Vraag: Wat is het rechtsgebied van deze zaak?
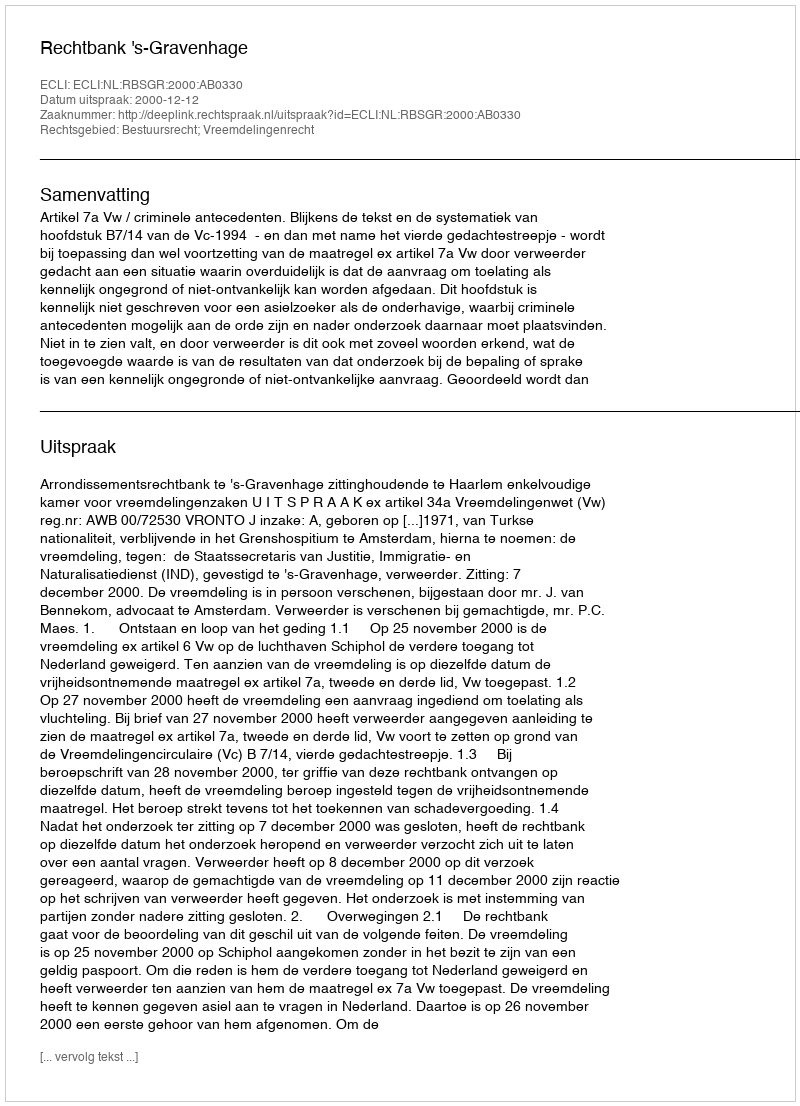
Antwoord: Bestuursrecht; Vreemdelingenrecht